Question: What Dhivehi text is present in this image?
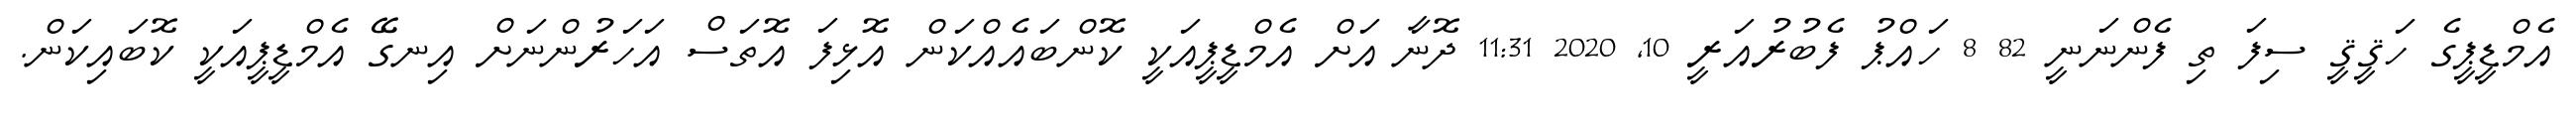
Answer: އެމްޑީޕީގެ ހަޤީޤީ ސިފަ ތި ފެންނަނީ 82 8 ހައްޕު ފެބުރުއަރީ 10, 2020 11:31 ދޮނާ އަށް އެމްޑީޕީއަކީ ކޮންބައެއްކަން އޮޅިފަ އޮތަސް އަހަރުންނަށް އިނގޭ އެމްޑީޕީއަކީ ކޮބައިކަން.